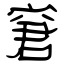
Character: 窘